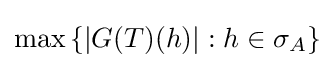
\max \left\{|G(T)(h)|:h\in \sigma _{A}\right\}